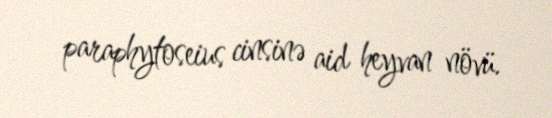
paraphytoseius cinsinə aid heyvan növü.